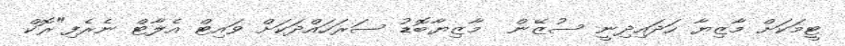
ޓީމަކަށް މާޒިޔާ ހަދައިދިނީ ސުޒޭން  މާޒިޔާބޮޑު ސަރަހައްދަކަށް ވައިޓް އެލާޓް ނެރެފި"ރޮކް